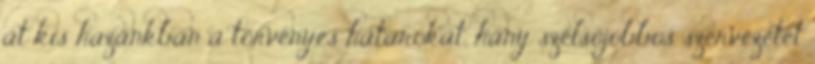
át kis hazánkban a törvényes határokat, hány szélsőjobbos szervezetet